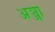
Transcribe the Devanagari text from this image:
अञ्जा